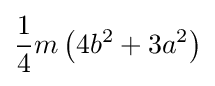
{\frac {1}{4}}m\left(4b^{2}+3a^{2}\right)